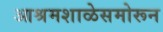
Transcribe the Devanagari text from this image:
आश्रमशाळेसमोरून